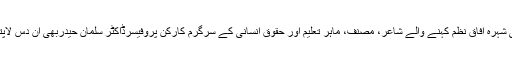
سوشل میڈیا کے مطابق ’’میں بھی کافر توبھی کافر‘‘ جیسی شہرہ آفاق نظم کہنے والے شاعر، مصنف، ماہر تعلیم اور حقوق انسانی کے سرگرم کارکن پروفیسرڈاکٹر سلمان حیدربھی ان دس لاپتہ کارکنوں میں شامل ہیں جو گزشتہ دس دن سے لاپتہ ہیں۔